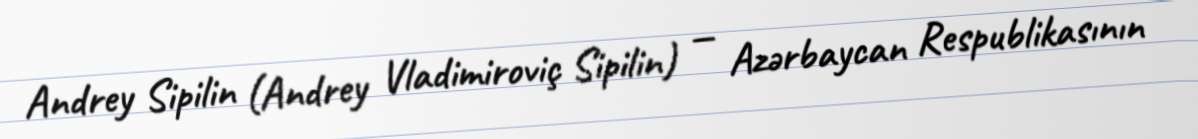
Andrey Sipilin (Andrey Vladimiroviç Sipilin) — Azərbaycan Respublikasının